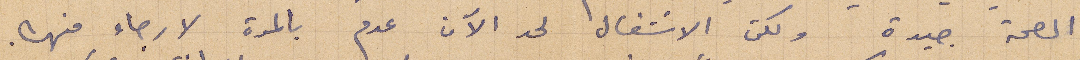
الصحة جيدة ولكن الاشغال لحد الآن عدم بالمرة لارجاء منه